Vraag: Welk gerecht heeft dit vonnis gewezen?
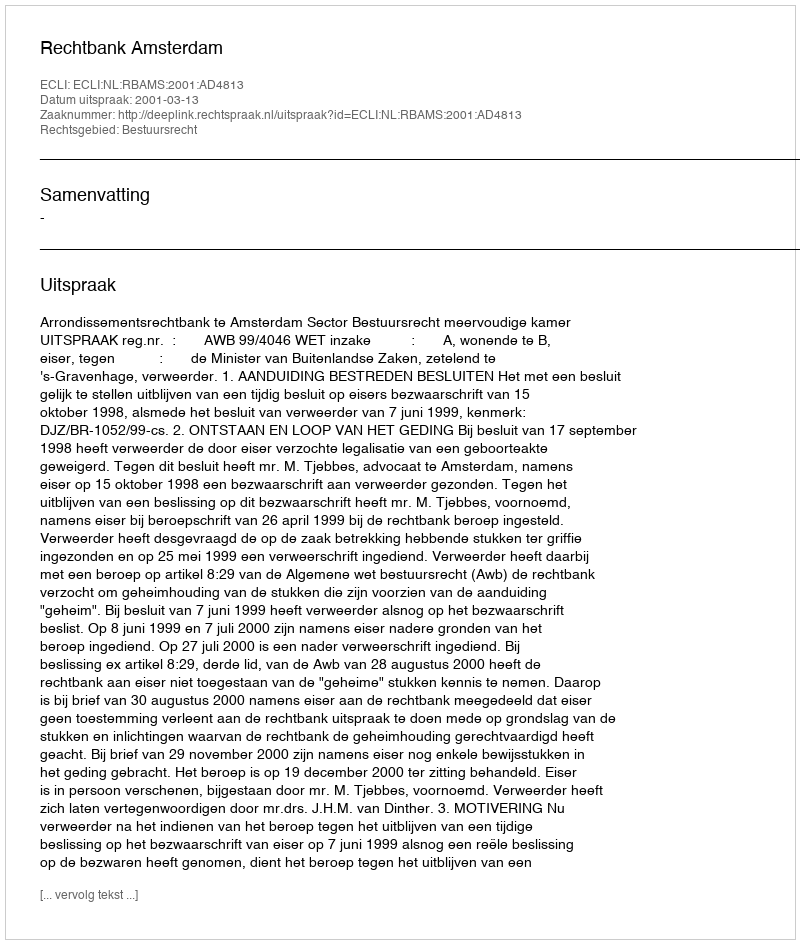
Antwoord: Rechtbank Amsterdam